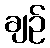
ချဉ်